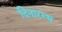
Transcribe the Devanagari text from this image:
दिनारम्भ